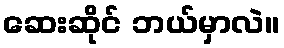
ဆေးဆိုင် ဘယ်မှာလဲ။